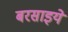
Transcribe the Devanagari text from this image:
बरसाइये